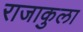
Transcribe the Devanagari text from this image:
राजाकुला